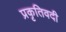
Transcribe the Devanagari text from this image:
प्रकृतिवदी